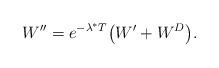
LaTeX: \begin{align*}W''=e^{-\lambda^* T}\big(W'+W^D\big).\end{align*}